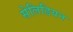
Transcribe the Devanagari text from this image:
सेलिडियन